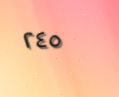
٢٤٥